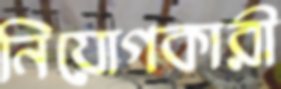
নিয়োগকারী